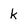
Character: k